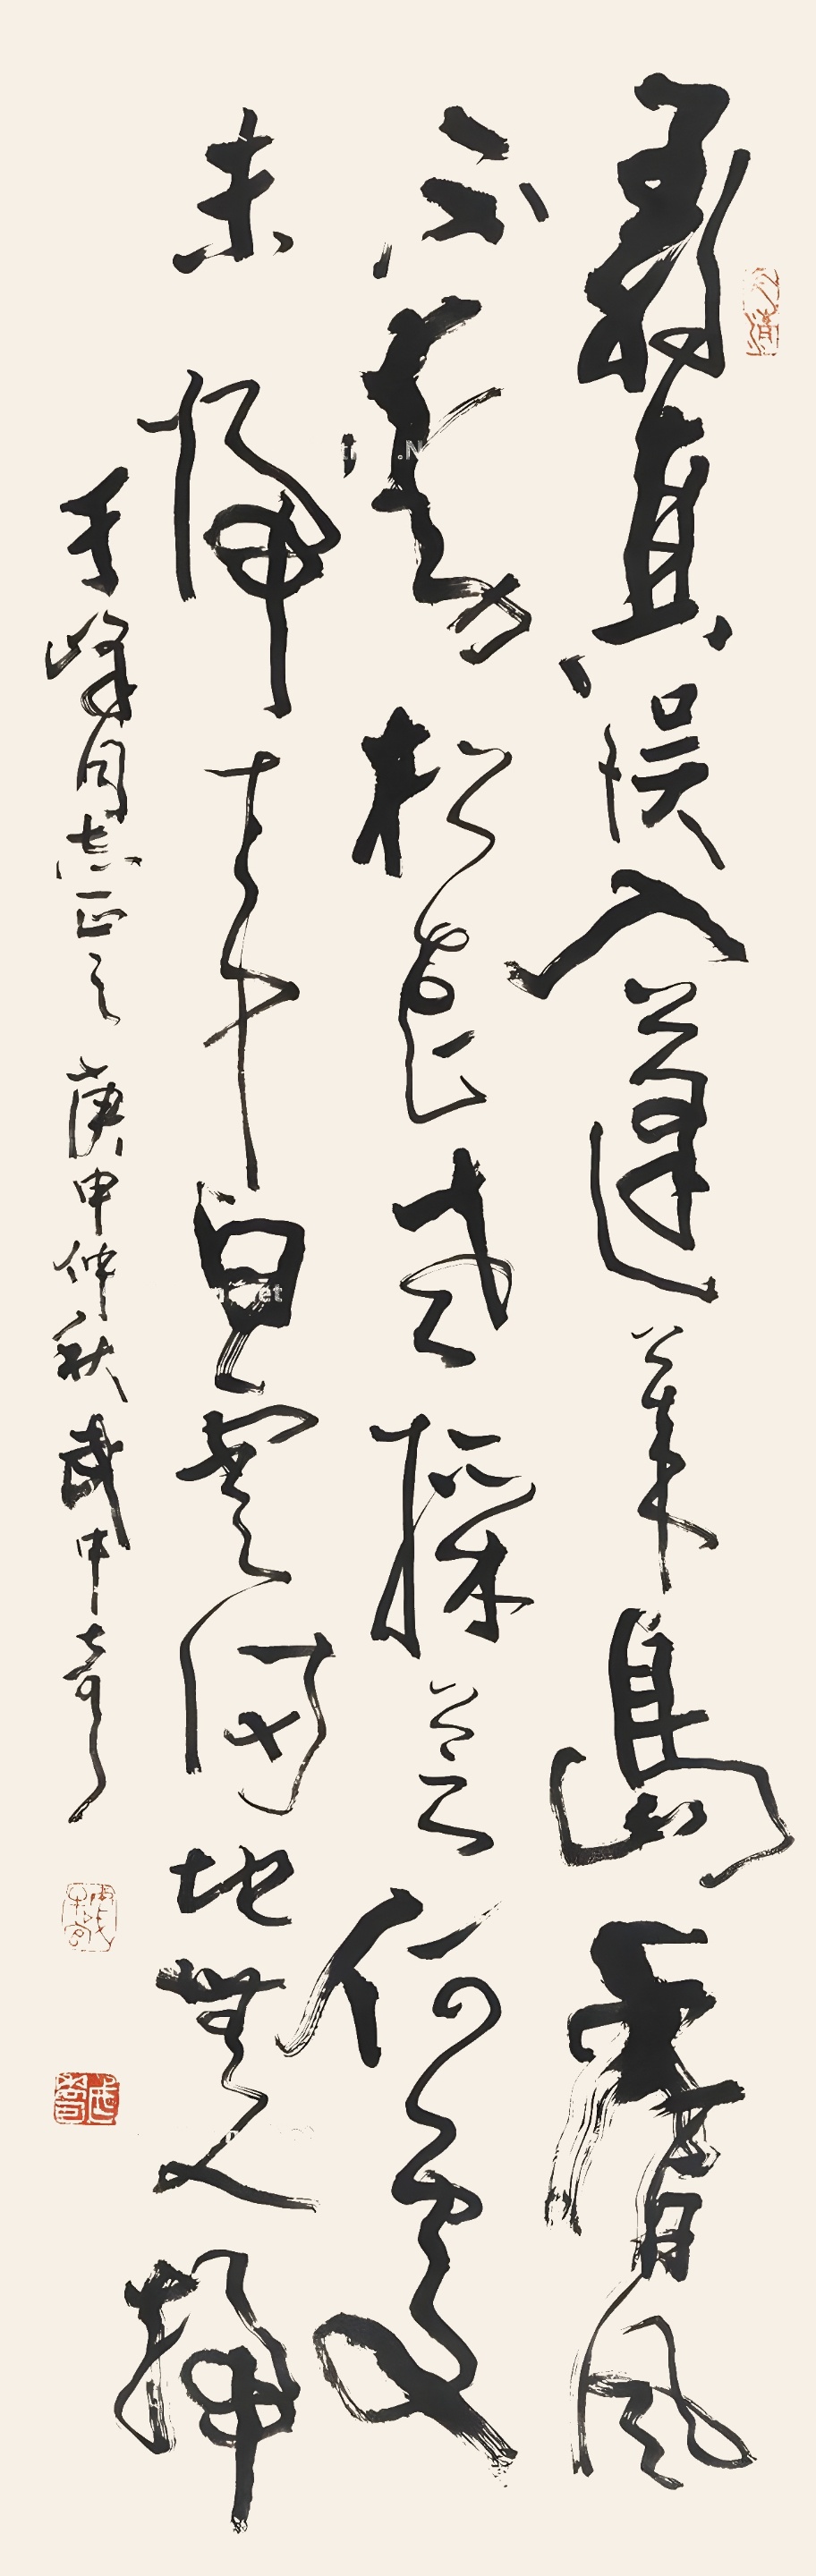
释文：寻真误入蓬莱岛，香风不动松花老。采芝何处未归来，白云满地无人扫。于峰同志正之，庚申仲秋，武中奇。